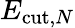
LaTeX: E_{\mathrm{cut},N}